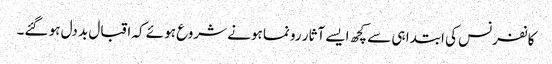
کانفرنس کی ابتدا ہی سے کچھ ایسے آثار رونما ہونے شروع ہوئے کہ اقبال بد دل ہو گئے۔